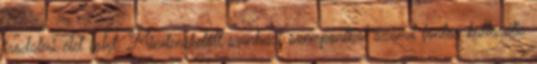
irodalmi élet folyt. Mindenekelőtt színházi szempontból számít fontos kulturális